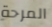
المرحة